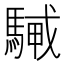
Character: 𩤭